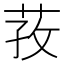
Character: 𰱎